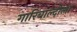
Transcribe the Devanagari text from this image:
गारिबाल्दीला